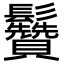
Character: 䰖